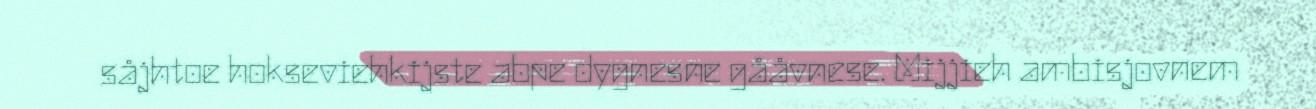
såjhtoe hokseviehkijste abpe dygnesne gååvnese. Mijjieh ambisjovnem